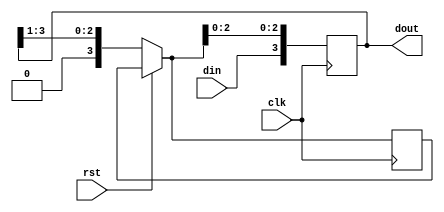
`timescale 1ns / 1ps
//////////////////////////////////////////////////////////////////////////////////
// Company: 
// Engineer: 
// 
// Design Name: 
// Module Name: sipo
// Project Name: 
// Target Devices: 
// Tool Versions: 
// Description: 
// 
// Dependencies: 
// 
// Revision:
// Revision 0.01 - File Created
// Additional Comments:
// 
//////////////////////////////////////////////////////////////////////////////////


module sipo(input clk,din,rst,
            output reg [3:0] dout);

reg [3:0] tmp;

always @(posedge clk )
begin
    if (rst)
    dout = 4'b0000;
    else
    tmp = dout >>1 ;
    dout = {din,tmp[2:0]};
end
endmodule